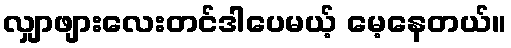
လျှာဖျားလေးတင်ဒါပေမယ့် မေ့နေတယ်။